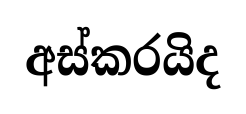
අස්කරයිද